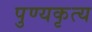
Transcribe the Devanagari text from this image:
पुण्यकृत्य